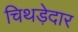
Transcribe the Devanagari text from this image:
चिथड़ेदार